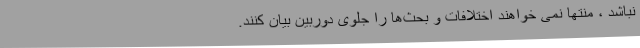
نباشد ، منتها نمی خواهند اختلافات و بحث‌ها را جلوی دوربین بیان کنند.